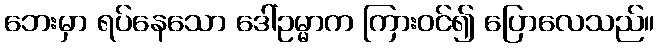
ဘေးမှာ ရပ်နေသော ဒေါ်ဥမ္မာက ကြားဝင်၍ ပြောလေသည်။